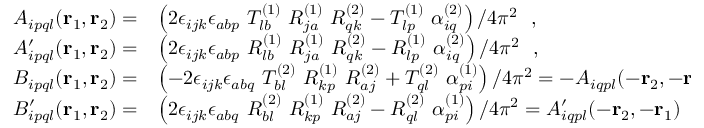
\begin{array} { l l } { { { \cal A } _ { i p q l } ( { \bf r } _ { 1 } , { \bf r } _ { 2 } ) = } } & { { { \displaystyle \left( 2 \epsilon _ { i j k } \epsilon _ { a b p } ~ T _ { l b } ^ { ( 1 ) } ~ R _ { j a } ^ { ( 1 ) } ~ R _ { q k } ^ { ( 2 ) } - T _ { l p } ^ { ( 1 ) } ~ \alpha _ { i q } ^ { ( 2 ) } \right) / 4 \pi ^ { 2 } ~ ~ , } } } \\ { { { \cal A } _ { i p q l } ^ { \prime } ( { \bf r } _ { 1 } , { \bf r } _ { 2 } ) = } } & { { { \displaystyle \left( 2 \epsilon _ { i j k } \epsilon _ { a b p } ~ R _ { l b } ^ { ( 1 ) } ~ R _ { j a } ^ { ( 1 ) } ~ R _ { q k } ^ { ( 2 ) } - R _ { l p } ^ { ( 1 ) } ~ \alpha _ { i q } ^ { ( 2 ) } \right) / 4 \pi ^ { 2 } ~ ~ , } } } \\ { { { \cal B } _ { i p q l } ( { \bf r } _ { 1 } , { \bf r } _ { 2 } ) = } } & { { { \displaystyle \left( - 2 \epsilon _ { i j k } \epsilon _ { a b q } ~ T _ { b l } ^ { ( 2 ) } ~ R _ { k p } ^ { ( 1 ) } ~ R _ { a j } ^ { ( 2 ) } + T _ { q l } ^ { ( 2 ) } ~ \alpha _ { p i } ^ { ( 1 ) } \right) / 4 \pi ^ { 2 } = - { \cal A } _ { i q p l } ( - { \bf r } _ { 2 } , - { \bf r } _ { 1 } ) ~ ~ , } } } \\ { { { \cal B } _ { i p q l } ^ { \prime } ( { \bf r } _ { 1 } , { \bf r } _ { 2 } ) = } } & { { { \displaystyle \left( 2 \epsilon _ { i j k } \epsilon _ { a b q } ~ R _ { b l } ^ { ( 2 ) } ~ R _ { k p } ^ { ( 1 ) } ~ R _ { a j } ^ { ( 2 ) } - R _ { q l } ^ { ( 2 ) } ~ \alpha _ { p i } ^ { ( 1 ) } \right) / 4 \pi ^ { 2 } = { \cal A } _ { i q p l } ^ { \prime } ( - { \bf r } _ { 2 } , - { \bf r } _ { 1 } ) ~ ~ , } } } \end{array}